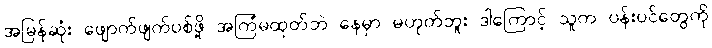
အမြန်ဆုံး ဖျောက်ဖျက်ပစ်ဖို့ အကြံမထုတ်ဘဲ နေမှာ မဟုတ်ဘူး ဒါကြောင့် သူက ပန်းပင်တွေကို